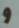
و